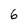
Character: 6